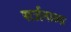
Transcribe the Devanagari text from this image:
सर्जनाला